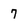
Character: 7